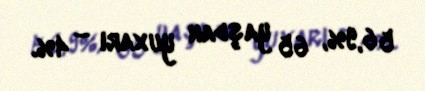
56,9%, 65 yaşdan yuxarı – 4%.